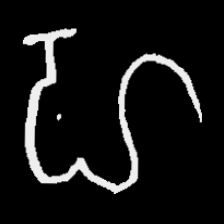
Pyu character \u2014 Myanmar letter: ဟ (romanized: ha)